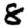
Digit: 8